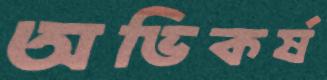
অভিকর্ষ